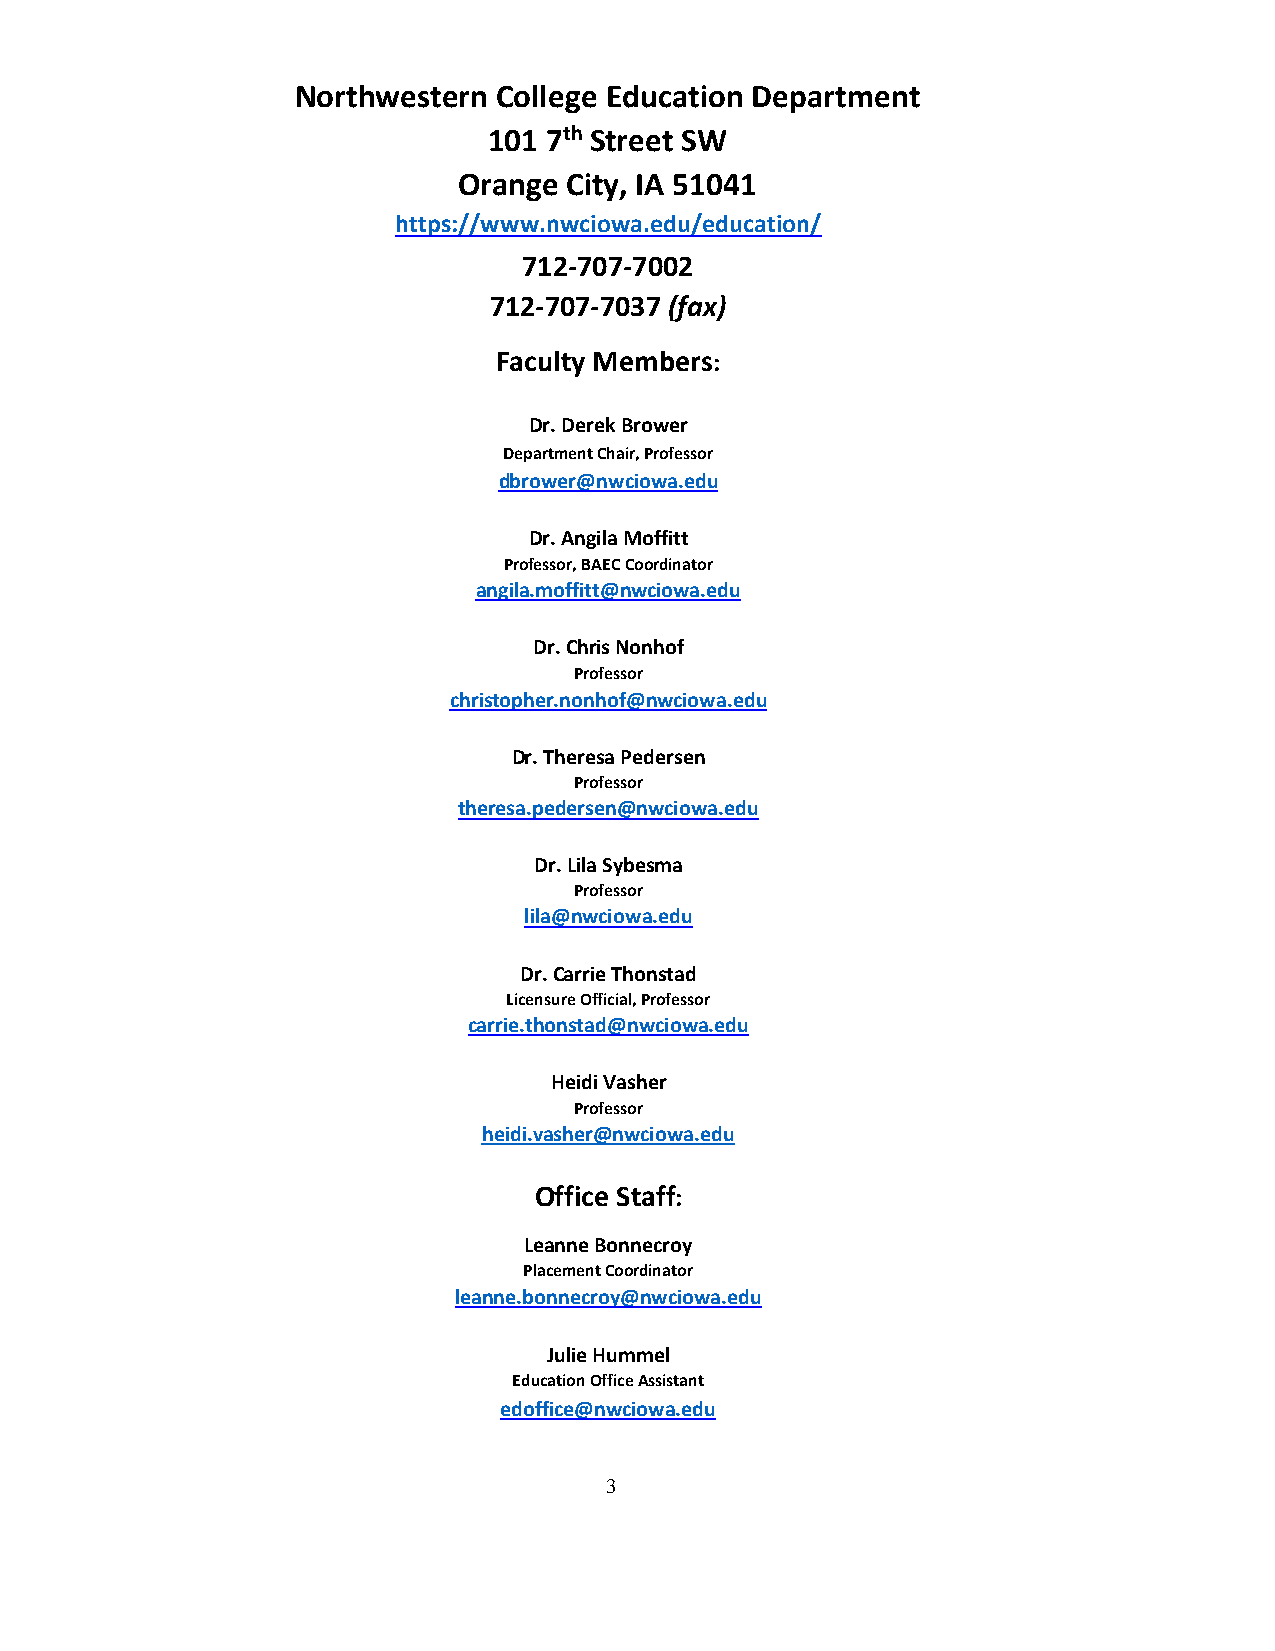
Northwestern College Education Department
 101 7th Street SW
 Orange  City, IA 51041
 https://www.nwciowa.edu/education/
 712-707-7002
 712-707-7037 (fax)
 Faculty Members:
 Dr. Derek Brower
 Department Chair, Professor
 dbrower@nwciowa.edu
 Dr. Angila Moffitt
 Professor, BAEC Coordinator
 angila.moffitt@nwciowa.edu
 Dr. Chris Nonhof
 Professor
 christopher.nonhof@nwciowa.edu
 Dr. Theresa Pedersen
 Professor
 theresa.pedersen@nwciowa.edu
 Dr. Lila Sybesma
 Professor
 lila@nwciowa.edu
 Dr. Carrie Thonstad
 Licensure Official, Professor
 carrie.thonstad@nwciowa.edu
 Heidi Vasher
 Professor
 heidi.vasher@nwciowa.edu
 Office Staff:
 Leanne Bonnecroy
 Placement Coordinator
 leanne.bonnecroy@nwciowa.edu
 Julie Hummel
 Education Office Assistant
 edoffice@nwciowa.edu
 3